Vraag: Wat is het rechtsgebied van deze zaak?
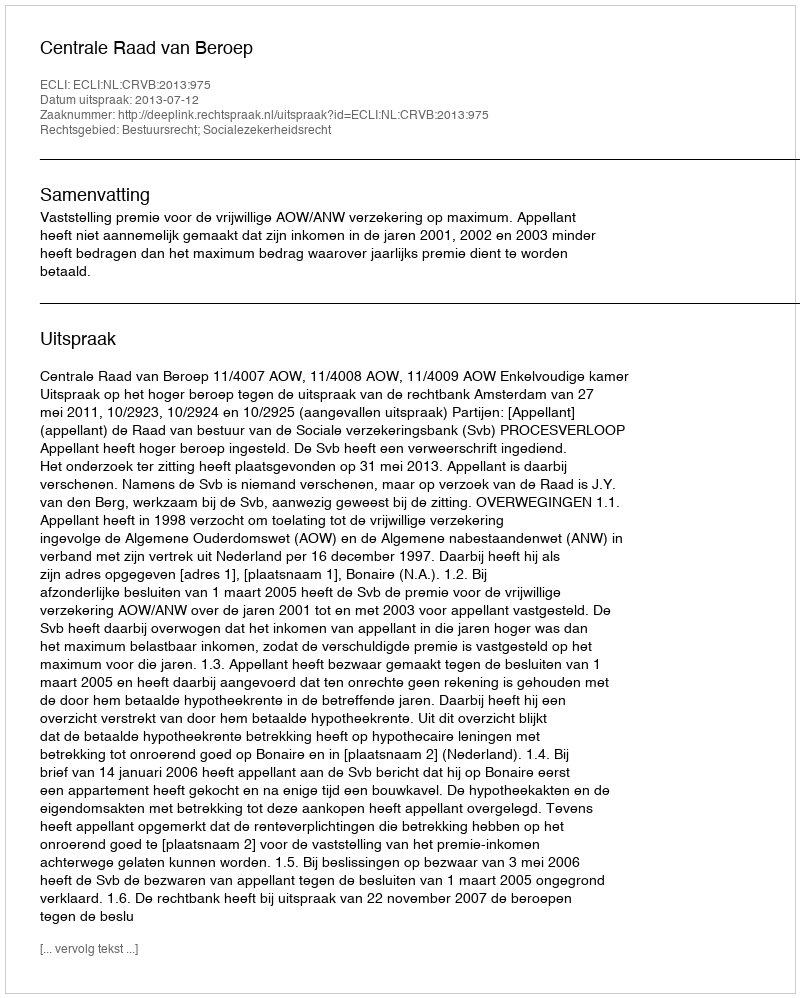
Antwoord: Bestuursrecht; Socialezekerheidsrecht